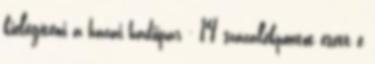
kielégíteni a hazai hadiipar - 14 százalékpontot esett e